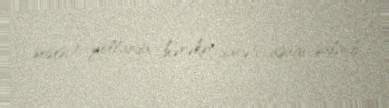
şosesi) yollarda hərəkət sürəti aşağı salınıb.